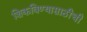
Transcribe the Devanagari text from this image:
शिकविण्यासाठीची